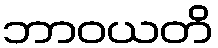
ဘာဝယတိ